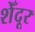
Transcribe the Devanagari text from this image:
शेँदूर